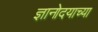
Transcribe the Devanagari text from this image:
ज्ञानोदयाच्या